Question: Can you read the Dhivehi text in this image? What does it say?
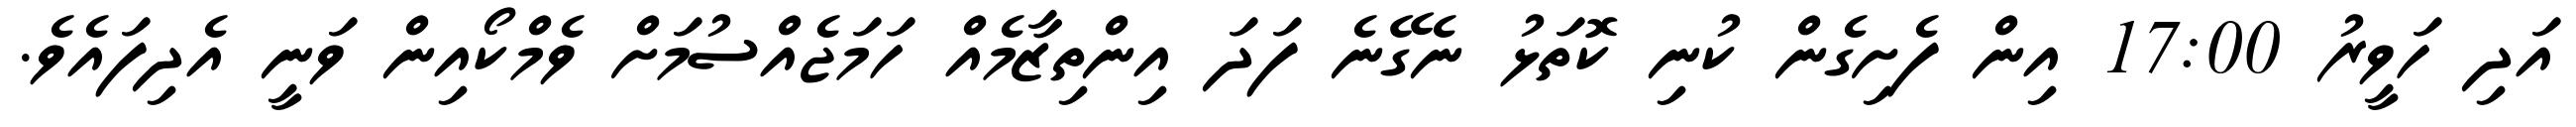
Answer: އަދި ހަވީރު 17:00 އިން ފެށިގެން ކުނި ކޮތަޅު ނެގޭނެ ފަދަ އިންތިޒާމެއް ހަމަޖެއްސުމަށް ވެމްކޯއިން ވަނީ އެދިފައެވެ.